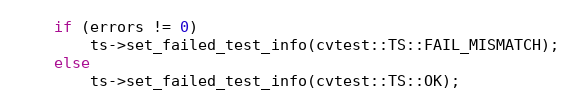
Language: C++
    if (errors != 0)
        ts->set_failed_test_info(cvtest::TS::FAIL_MISMATCH);
    else
        ts->set_failed_test_info(cvtest::TS::OK);